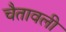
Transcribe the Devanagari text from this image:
चैतावली